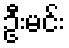
ဦးမင်း